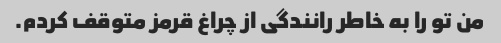
من تو را به خاطر رانندگی از چراغ قرمز متوقف کردم.